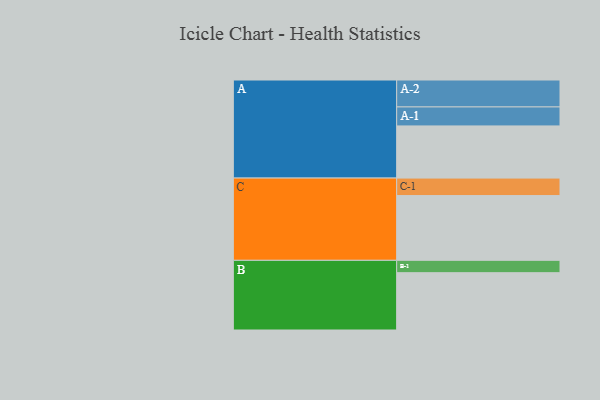
{"axis": {"x": "Segment", "y": "Value"}, "legend": ["", "A", "B", "C"], "data": [{"x": "A", "y": 393, "type": ""}, {"x": "B", "y": 432, "type": ""}, {"x": "C", "y": 488, "type": ""}, {"x": "A-1", "y": 143, "type": "A"}, {"x": "A-2", "y": 203, "type": "A"}, {"x": "B-1", "y": 93, "type": "B"}, {"x": "C-1", "y": 132, "type": "C"}]}